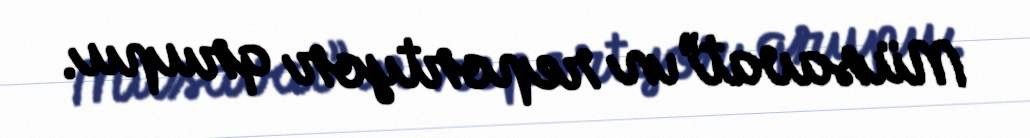
Müsavat”ın reportyor qrupu.